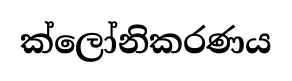
ක්ලෝනිකරණය